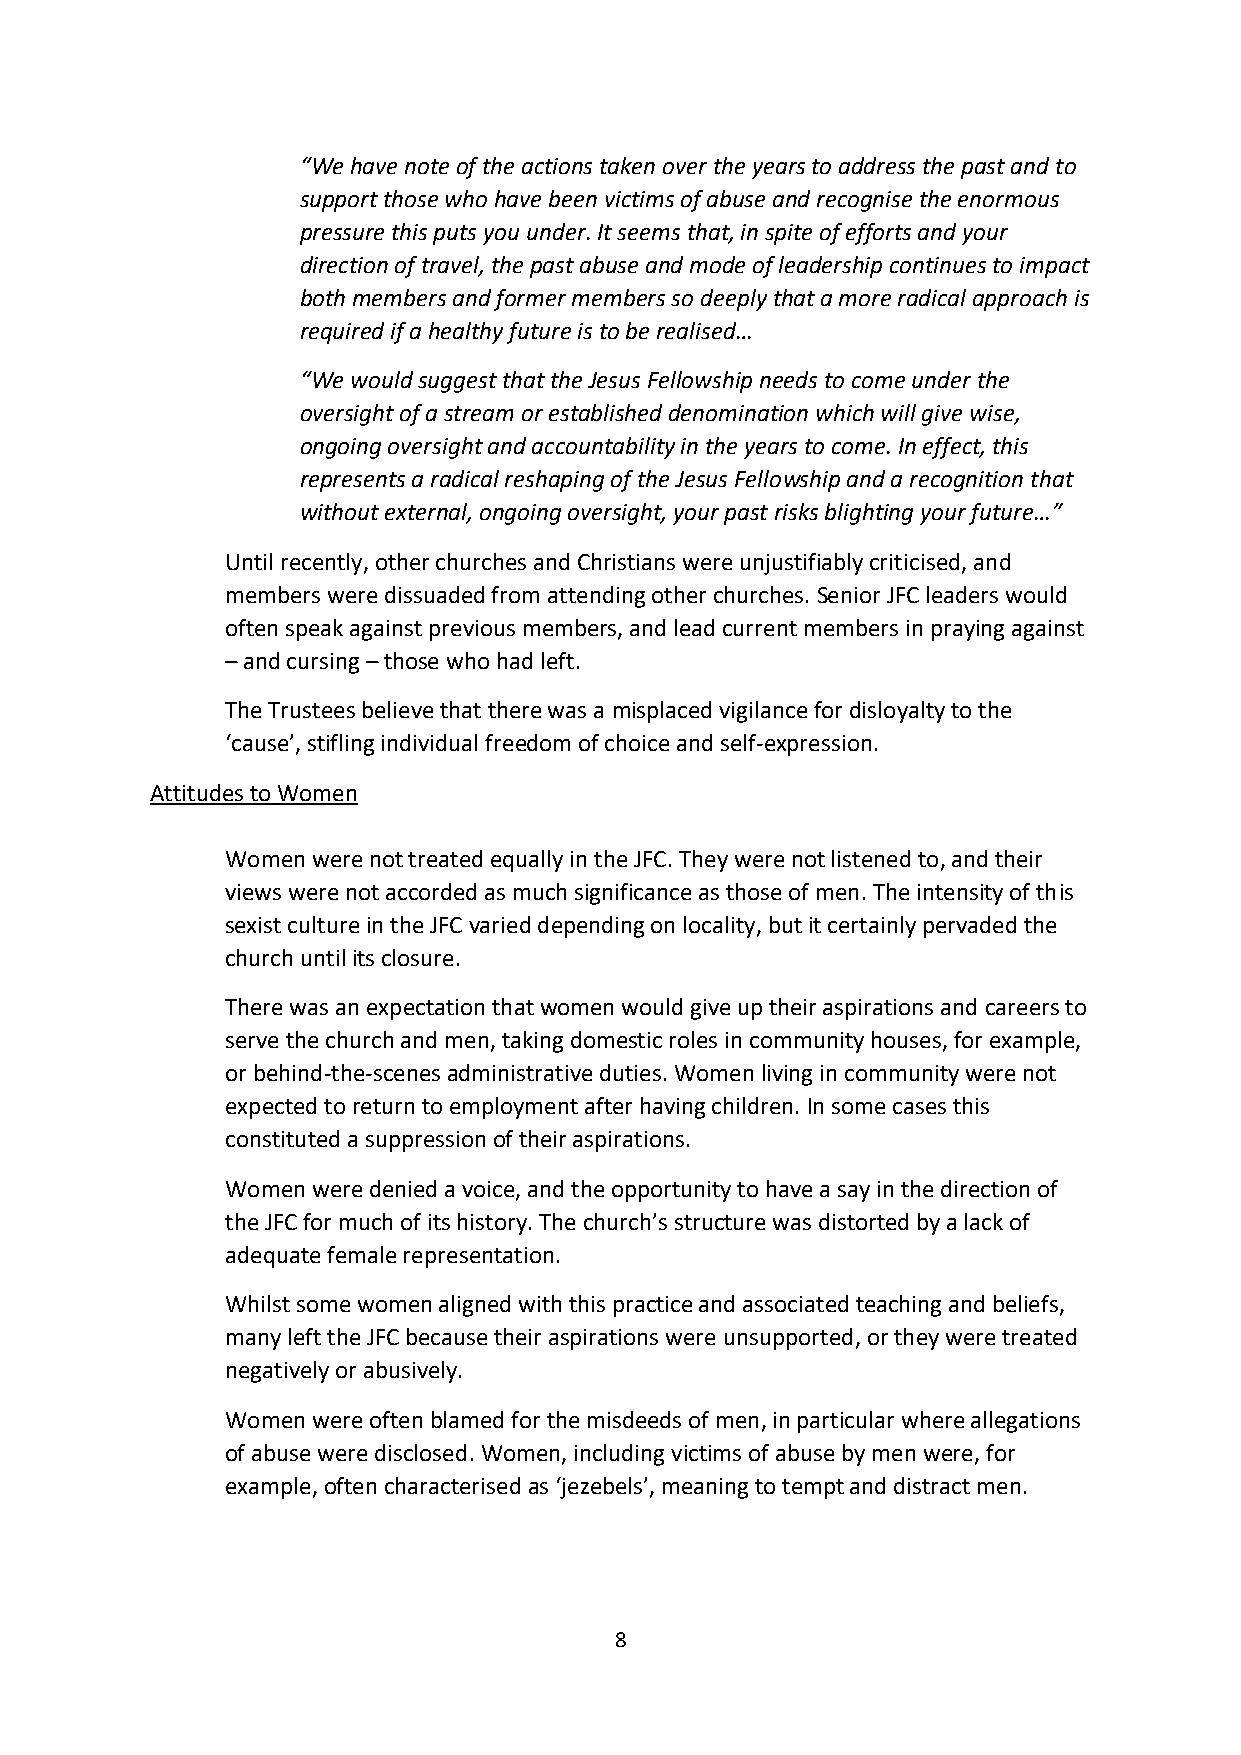
“We have note of the actions taken over the years to address the past and to
 support those who have been victims of abuse and recognise the enormous
 pressure this puts you under. It seems that, in spite of efforts and your
 direction of travel, the past abuse and mode of leadership continues to impact
 both members and former members so deeply that a more radical approach is
 required if a healthy future is to be realised…
 “We would suggest that the Jesus Fellowship needs to come under the
 oversight of a stream or established denomination which will give wise,
 ongoing oversight and accountability in the years to come. In effect, this
 represents a radical reshaping of the Jesus Fellowship and a recognition that
 without external, ongoing oversight, your past risks blighting your future…”
 Until recently, other churches and Christians were unjustifiably criticised, and
 members were dissuaded from attending other churches. Senior JFC leaders would
 often speak against previous members, and lead current members in praying against
 – and cursing – those who had left.
 The Trustees believe that there was a misplaced vigilance for disloyalty to the
 ‘cause’, stifling individual freedom of choice and self-expression.
 Attitudes to Women
 Women were not treated equally in the JFC. They were not listened to, and their
 views were not accorded as much significance as those of men. The intensity of this
 sexist culture in the JFC varied depending on locality, but it certainly pervaded the
 church until its closure.
 There was an expectation that women would give up their aspirations and careers to
 serve the church and men, taking domestic roles in community houses, for example,
 or behind-the-scenes administrative duties. Women living in community were not
 expected to return to employment after having children. In some cases this
 constituted a suppression of their aspirations.
 Women were denied a voice, and the opportunity to have a say in the direction of
 the JFC for much of its history. The church’s structure was distorted by a lack of
 adequate female representation.
 Whilst some women aligned with this practice and associated teaching and beliefs,
 many left the JFC because their aspirations were unsupported, or they were treated
 negatively or abusively.
 Women were often blamed for the misdeeds of men, in particular where allegations
 of abuse were disclosed. Women, including victims of abuse by men were, for
 example, often characterised as ‘jezebels’, meaning to tempt and distract men.
 8